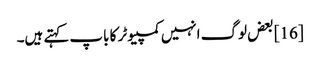
[16] بعض لوگ انہیں کمپیوٹر کا باپ کہتے ہیں۔